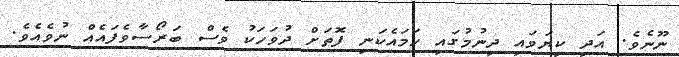
ނޫނެވެ. އަދި ކިޔަވައި ދިނުމުގައި ހަމައެކަނި ފޮތަށް ދުވަހަކު ވެސް ބަރޯސާވެފައެއް ނުވެއެވެ.